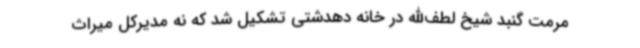
مرمت گنبد شیخ لطف‌الله در خانه دهدشتی تشکیل شد که نه مدیرکل میراث